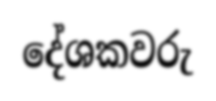
දේශකවරු